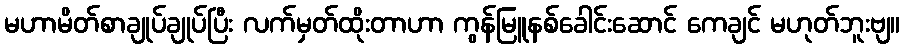
မဟာမိတ်စာချုပ်ချုပ်ပြီး လက်မှတ်ထိုးတာဟာ ကွန်မြူနစ်ခေါင်းဆောင် ကေချင် မဟုတ်ဘူးဗျ။